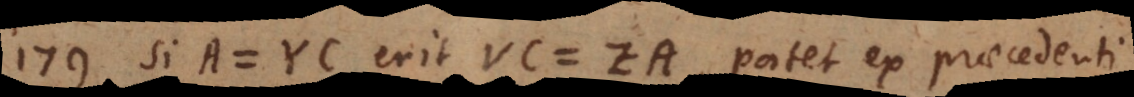
179) Si A = YC erit VC = ZA, patet ex praecedenti